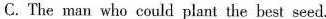
C. The man who could plant the best seed.